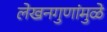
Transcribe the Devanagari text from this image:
लेखनगुणांमुळे